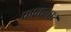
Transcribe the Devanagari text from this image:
फाकनार